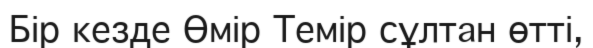
Бір кезде Өмір Темір сұлтан өтті,